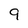
Character: 9